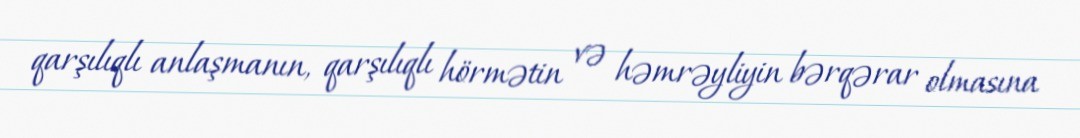
qarşılıqlı anlaşmanın, qarşılıqlı hörmətin və həmrəyliyin bərqərar olmasına